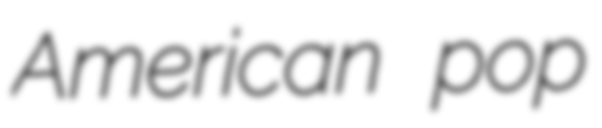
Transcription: American pop